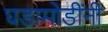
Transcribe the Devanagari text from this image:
घडामोडींनी